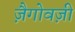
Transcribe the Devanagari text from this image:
ज़ैगोवज़ी